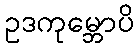
ဥဒကုမ္ဘောပိ